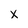
Character: x